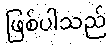
ဖြစ်ပါသည်